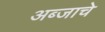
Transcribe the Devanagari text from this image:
अब्जाचे